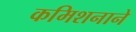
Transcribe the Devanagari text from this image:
कमिशनाने